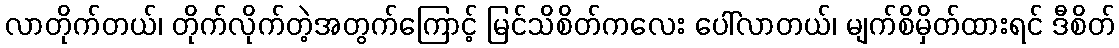
လာတိုက်တယ်၊ တိုက်လိုက်တဲ့အတွက်ကြောင့် မြင်သိစိတ်ကလေး ပေါ်လာတယ်၊ မျက်စိမှိတ်ထားရင် ဒီစိတ်